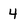
Character: 4